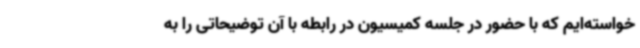
خواسته‌ایم که با حضور در جلسه کمیسیون در رابطه با آن توضیحاتی را به